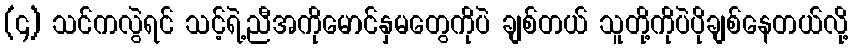
(၄) သင်ကလွဲရင် သင့်ရဲ့ညီအကိုမောင်နှမတွေကိုပဲ ချစ်တယ် သူတို့ကိုပဲပိုချစ်နေတယ်လို့